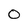
Character: O